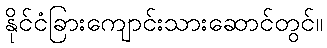
နိုင်ငံခြားကျောင်းသားဆောင်တွင်။